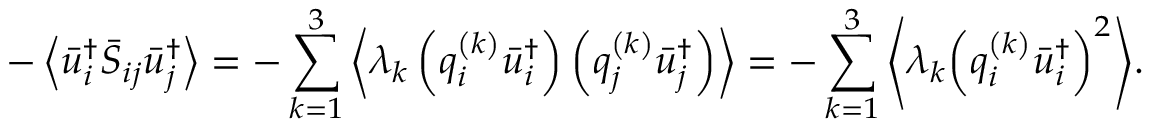
- \left\langle { \bar { u } _ { i } ^ { \dag } { { \bar { S } } _ { i j } } \bar { u } _ { j } ^ { \dag } } \right\rangle = - \sum _ { k = 1 } ^ { 3 } { \left\langle { { \lambda _ { k } } \left( { q _ { i } ^ { \left( k \right) } \bar { u } _ { i } ^ { \dag } } \right) \left( { q _ { j } ^ { \left( k \right) } \bar { u } _ { j } ^ { \dag } } \right) } \right\rangle } = - \sum _ { k = 1 } ^ { 3 } { \left\langle { { \lambda _ { k } } { { \left( { q _ { i } ^ { \left( k \right) } \bar { u } _ { i } ^ { \dag } } \right) } ^ { 2 } } } \right\rangle } .